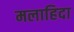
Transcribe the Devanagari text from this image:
मलाहिदा